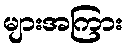
များအကြား